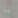
هذا